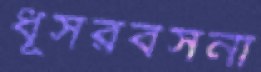
ধূসরবসনা